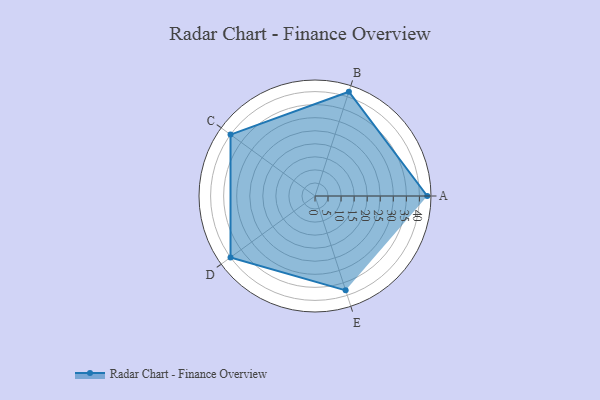
{"axis": {"x": "Skill", "y": "Score"}, "legend": ["Profile"], "data": [{"x": "A", "y": 43.0, "type": "Profile"}, {"x": "B", "y": 42.0, "type": "Profile"}, {"x": "C", "y": 40.0, "type": "Profile"}, {"x": "D", "y": 40.0, "type": "Profile"}, {"x": "E", "y": 38.0, "type": "Profile"}]}